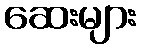
ဆေးများ